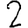
Digit: 2